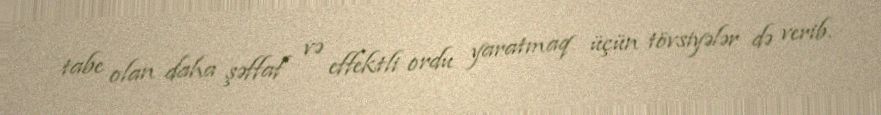
tabe olan daha şəffaf və effektli ordu yaratmaq üçün tövsiyələr də verib.